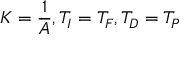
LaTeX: K = { \frac { 1 } { A } } , T _ { I } = T _ { F } , T _ { D } = T _ { P }